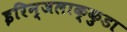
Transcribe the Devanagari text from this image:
इरिन्जलाक्कुडा